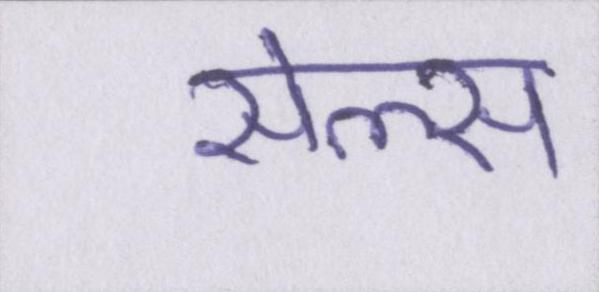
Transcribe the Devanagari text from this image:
सेल्स